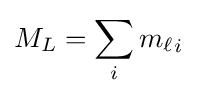
M_{L}=\sum _{i}{m_{\ell }}_{i}